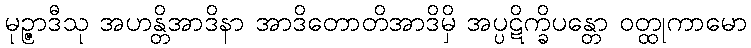
မုဉ္ဇာဒီသု အဟန္တိအာဒိနာ အာဒိတောတိအာဒိမှိ အပ္ပဋိက္ခိပန္တော ဝတ္ထုကာမော